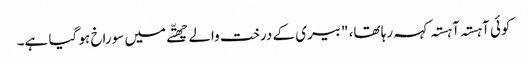
کوئی آہستہ آہستہ کہہ رہا تھا، "بیری کے درخت والے چھتّے میں سوراخ ہو گیا ہے۔